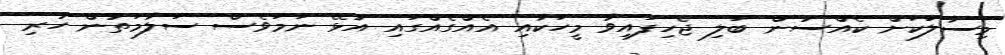
މިސާލަކަށް ކެއްސުން ބަލި ޖެހިފައިވާ މީހަކާއި އެއްގެއްގައި އުޅޭ ނަމަވެސް ސަލާމަތުން ހުރި